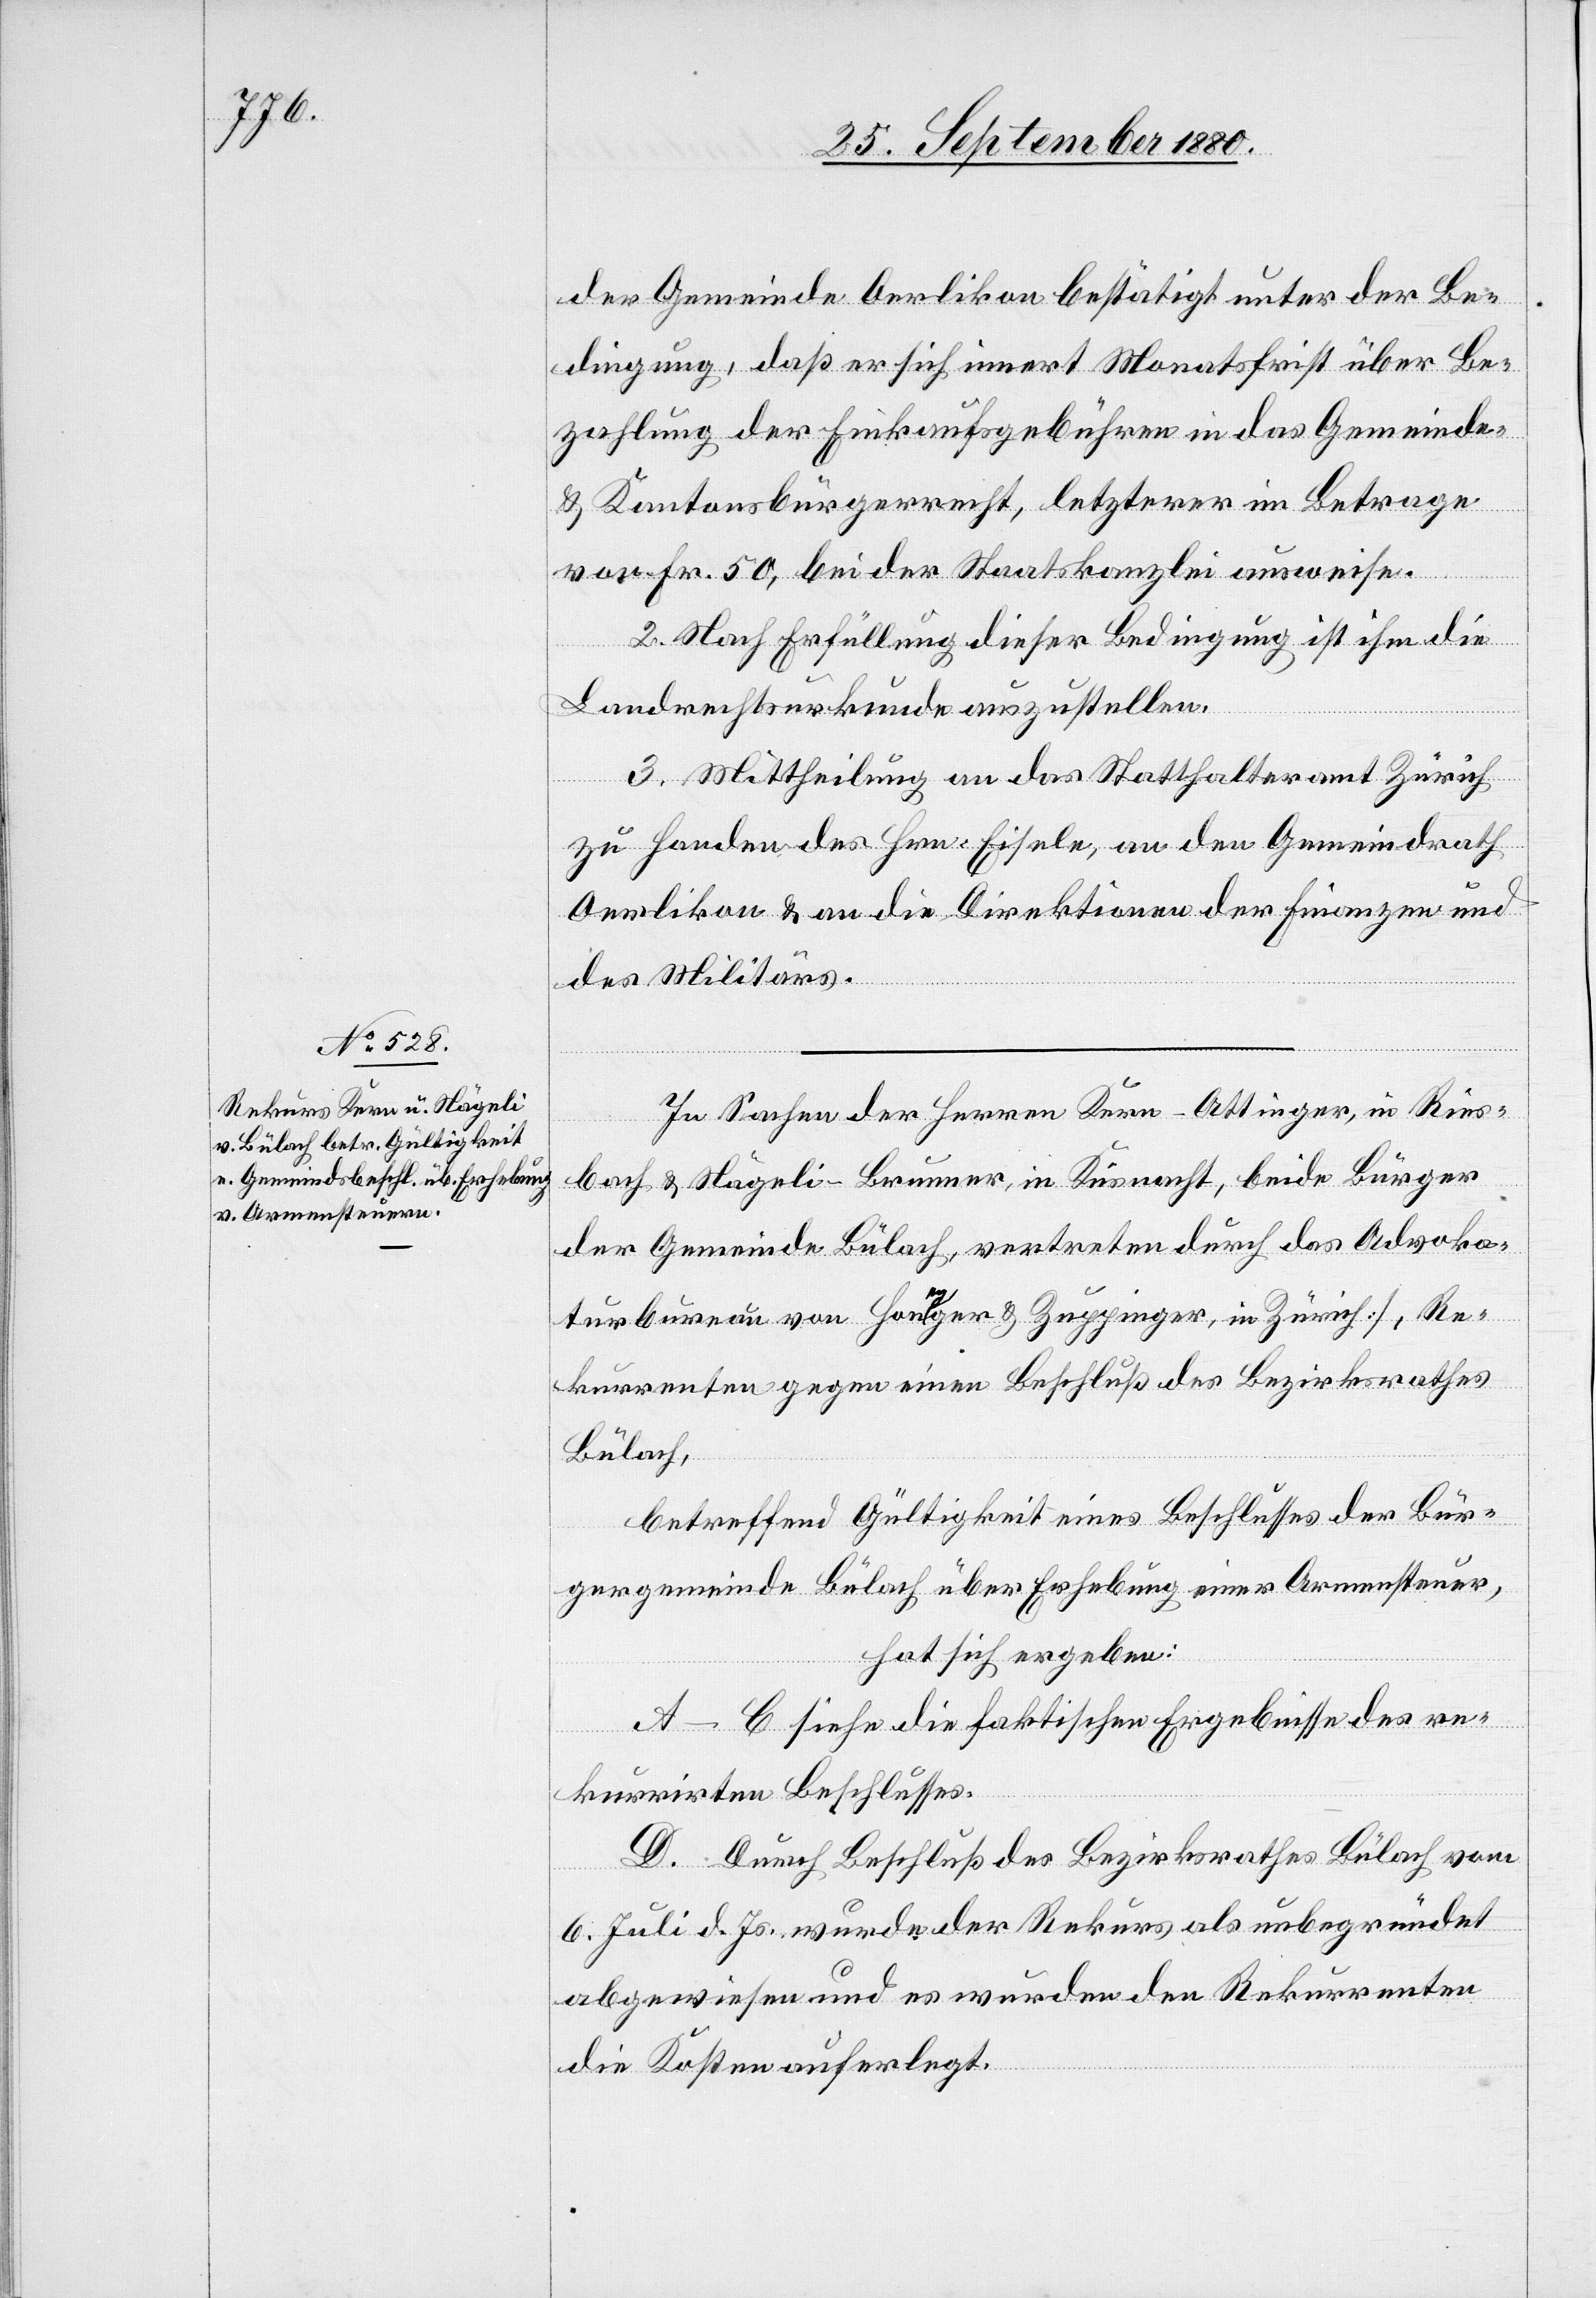
der Gemeinde Oerlikon bestätigt unter der Be¬
dingung, daß er sich innert Monatsfrist über Be¬
zahlung der Einkaufsgebühren in das Gemeinde-
& Kantonsbürgerrecht, letzterer im Betrag
von Fr. 50, bei der Staatskanzlei ausweise.
2. Nach Erfüllung dieser Bedingung ist ihm die
Landrechtsurkunde auszustellen.
3. Mittheilung an das Statthalteramt Zürich
zu Handen des Hrn. Eisele, an den Gemeindrath
Oerlikon & an die Direktionen der Finanzen und
des Militärs.
In Sachen des Herren Kern-Attinger, in Ries¬
bach & Nägeli-Brunner, in Küsnacht, beide Bürger
der Gemeinde Bülach, vertreten durch das Advoka¬
turbureau von Honegger & Zuppinger, [in Zürich], Re¬
kurrenten gegen einen Beschluß des Bezirksrathes
Bülach,
betreffend Gültigkeit eines Beschlusses der Bür¬
gergemeinde Bülach über Erhebung einer Armensteuer,
hat sich ergeben:
A–C siehe die faktischen Ergebnisse des re¬
kurrirten Beschlusses.
D. Durch Beschluß des Bezirksrathes Bülach vom
6. Juli d. Js. wurde der Rekurs als unbegründet
abgewiesen und es wurden den Rekurrenten
die Kosten auferlegt.